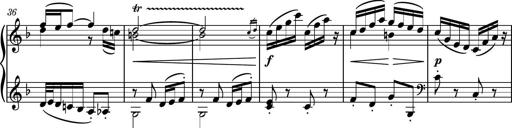
Title: Piano Sonatina II
Composer: Dimitri Sykias
Key: F major